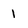
Character: 1